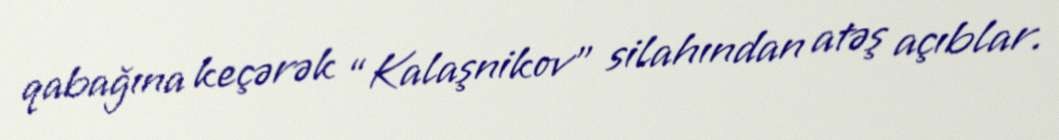
qabağına keçərək “Kalaşnikov” silahından atəş açıblar.